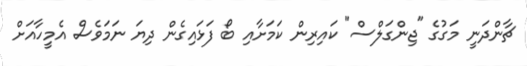
ޗާންދަނީ މަގުގެ "ޖިންގަލްސް" ކައިރިން ކަމަށާއި ބޯ ފަޅައިގެން ދިޔަ ނަމަވެސް އެމީހާއަށް